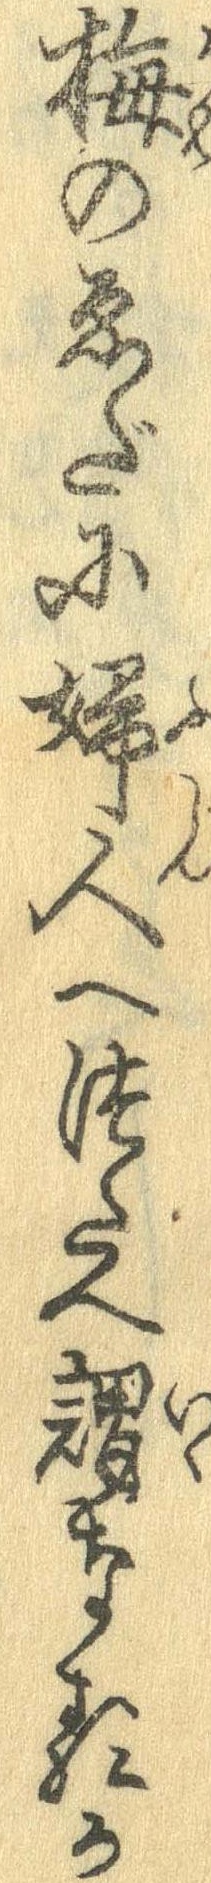
梅のゑだに婦人へつたへ謂なるか